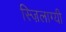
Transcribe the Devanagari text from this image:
स्ज़िलाग्यी